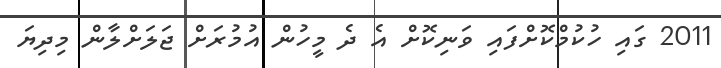
2011 ގައި ހުކުމްކޮށްފައި ވަނިކޮށް އެ ދެ މީހުން އުމުރަށް ޖަލަށްލާން މިދިޔަ